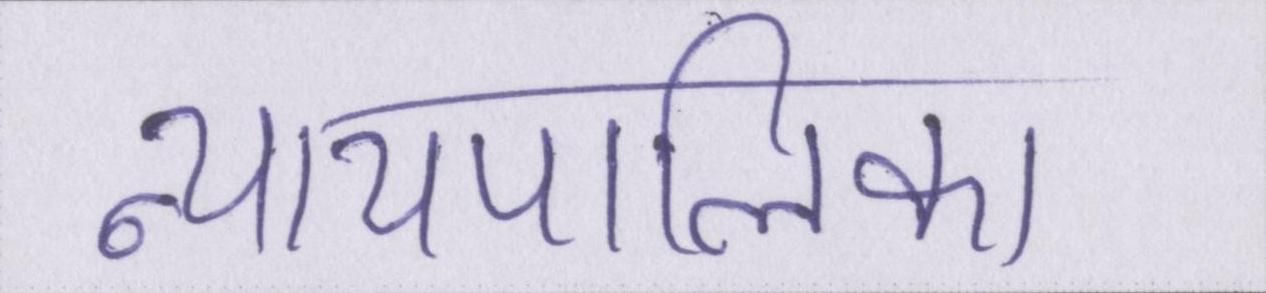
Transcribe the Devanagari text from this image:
न्यायपालिका